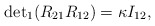
\begin{align*}{\det}_1 (R_{21} R_{12}) = \kappa I_{12},\end{align*}